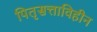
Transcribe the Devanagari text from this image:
पितृसत्ताविहीन